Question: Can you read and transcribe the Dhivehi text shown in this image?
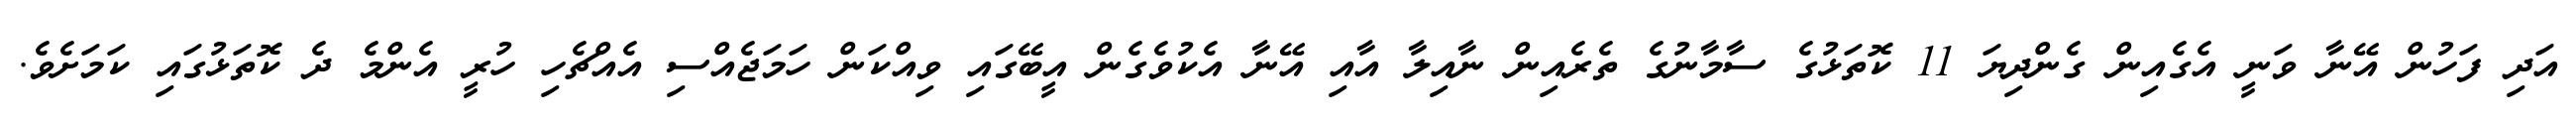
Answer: އަދި ފަހުން އޭނާ ވަނީ އެގެއިން ގެންދިޔަ 11 ކޮތަޅުގެ ސާމާނުގެ ތެރެއިން ނާއިލާ އާއި އޭނާ އެކުވެގެން އީބޭގައި ވިއްކަން ހަމަޖެއްސި އެއްޗެހި ހުރީ އެންމެ ދެ ކޮތަޅުގައި ކަމަށެވެ.